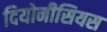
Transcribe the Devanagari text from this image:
दियोनीसियस